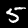
Digit: 5